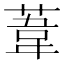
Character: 葦